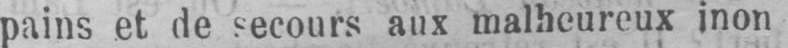
pains et de secours aux malheureux inon